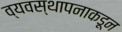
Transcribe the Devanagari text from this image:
व्यवस्थापनाकडून